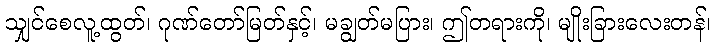
သျှင်စေလူ့ထွတ်၊ ဂုဏ်တော်မြတ်နှင့်၊ မချွတ်မပြား၊ ဤတရားကို၊ မျိုးခြားလေးတန်၊